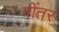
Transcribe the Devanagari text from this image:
गींतर